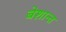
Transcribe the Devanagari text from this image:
बेशान्त